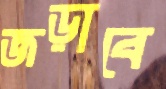
জড়াবে